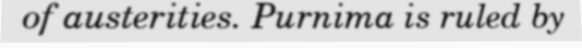
of austerities. Purnima is ruled by